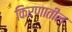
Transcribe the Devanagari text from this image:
किरणातील